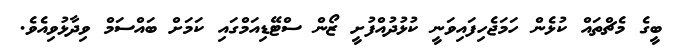
ބީގެ މެޗްތައް ކުޅެން ހަމަޖެހިފައިވަނީ ކުޅުދުއްފުށީ ޒޯން ސްޓޭޑިއަމްގައި ކަމަށް ބައްސަމް ވިދާޅުވިއެވެ.